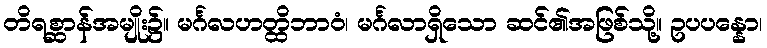
တိရစ္ဆာန်အမျိုး၌။ မင်္ဂလဟတ္ထိဘာဝံ၊ မင်္ဂလာရှိသော ဆင်၏အဖြစ်သို့။ ဥပပန္နော၊